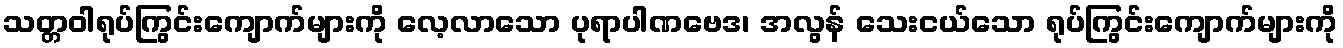
သတ္တဝါရုပ်ကြွင်းကျောက်များကို လေ့လာသော ပုရာပါဏဗေဒ၊ အလွန် သေးငယ်သော ရုပ်ကြွင်းကျောက်များကို